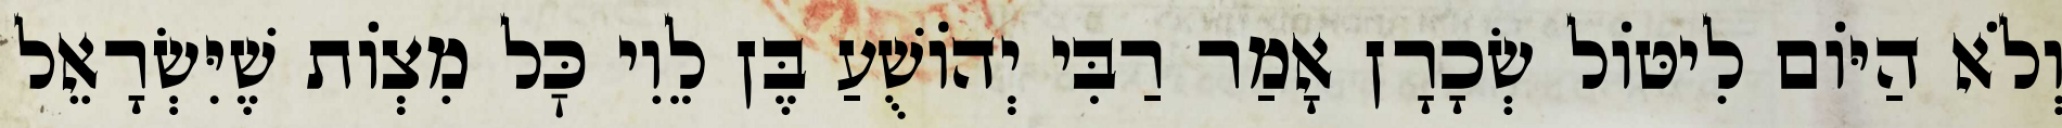
וְלֹא הַיּוֹם לִיטּוֹל שְׂכָרָן אָמַר רַבִּי יְהוֹשֻׁעַ בֶּן לֵוִי כׇּל מִצְוֹת שֶׁיִּשְׂרָאֵל